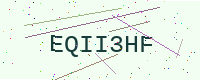
Text: EQII3HF